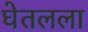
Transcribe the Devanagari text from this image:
घेतलला